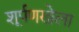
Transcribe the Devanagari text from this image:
शूर्पणखेला